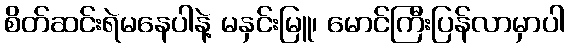
စိတ်ဆင်းရဲမနေပါနဲ့ မနှင်းမြူ၊ မောင်ကြီးပြန်လာမှာပါ